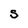
Character: S